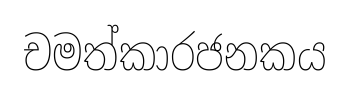
චමත්කාරජනකය